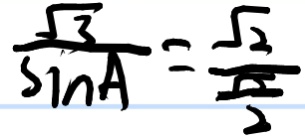
\frac { \sqrt { 3 } } { \sin A } = \frac { \sqrt { 2 } } { \frac { \sqrt { 2 } } { 2 } }